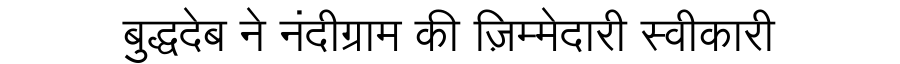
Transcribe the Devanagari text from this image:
बुद्धदेब ने नंदीग्राम की ज़िम्मेदारी स्वीकारी